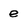
Character: e